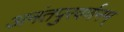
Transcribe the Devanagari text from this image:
अनंतपुरवर्णनम्